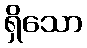
ရှိသော